Report of the Indian Hemp Drugs Commission, 1894-1895 - Volume I
Year: 1894
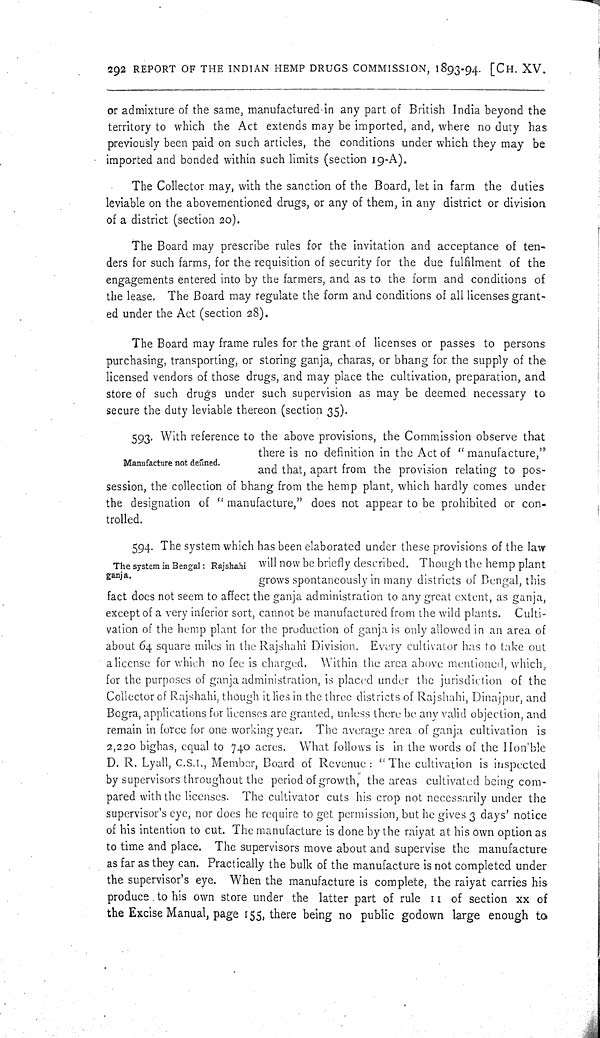
292 REPORT OF THE INDIAN HEMP DRUGS COMMISSION, 1893-94. [CH. XV.
or admixture of the same, manufactured in any part of British India beyond the
territory to which the Act extends may be imported, and, where no duty has
previously been paid on such articles, the conditions under which they may be
imported and bonded within such limits (section 19-A).
The Collector may, with the sanction of the Board, let in farm the duties
leviable on the abovementioned drugs, or any of them, in any district or division
of a district (section 20).
The Board may prescribe rules for the invitation and acceptance of ten-
ders for such farms, for the requisition of security for the due fulfilment of the
engagements entered into by the farmers, and as to the form and conditions of
the lease. The Board may regulate the form and conditions of all licenses grant-
ed under the Act (section 28).
The Board may frame rules for the grant of licenses or passes to persons
purchasing, transporting, or storing ganja, charas, or bhang for the supply of the
licensed vendors of those drugs, and may place the cultivation, preparation, and
store of such drugs under such supervision as may be deemed necessary to
secure the duty leviable thereon (section 35).
Manufacture not defined.
593. With reference to the above provisions, the Commission observe that
there is no definition in the Act of "manufacture,"
and that, apart from the provision relating to pos-
session, the collection of bhang from the hemp plant, which hardly comes under
the designation of "manufacture," does not appear to be prohibited or con-
trolled.
The system in Bengal: Rajshahi
ganja.
594. The system which has been elaborated under these provisions of the law
will now be briefly described. Though the hemp plant
grows spontaneously in many districts of Bengal, this
fact does not seem to affect the ganja administration to any great extent, as ganja,
except of a very inferior sort, cannot be manufactured from the wild plants. Culti-
vation of the hemp plant for the production of ganja is only allowed in an area of
about 64 square miles in the Rajshahi Division. Every cultivator has to take out
a license for which no fee is charged. Within the area above mentioned, which,
for the purposes of ganja administration, is placed under the jurisdiction of the
Collector of Rajshahi, though it lies in the three districts of Rajshahi, Dinajpur, and
Bogra, applications for licenses are granted, unless there be any valid objection, and
remain in force for one working year. The average area of ganja cultivation is
2,220 bighas, equal to 740 acres. What follows is in the words of the Hon'ble
D. R. Lyall, C.S.I., Member, Board of Revenue: "The cultivation is inspected
by supervisors throughout the period of growth, the areas cultivated being com-
pared with the licenses. The cultivator cuts his crop not necessarily under the
supervisor's eye, nor does he require to get permission, but he gives 3 days' notice
of his intention to cut. The manufacture is done by the raiyat at his own option as
to time and place. The supervisors move about and supervise the manufacture
as far as they can. Practically the bulk of the manufacture is not completed under
the supervisor's eye. When the manufacture is complete, the raiyat carries his
produce to his own store under the latter part of rule 11 of section xx of
the Excise Manual, page 155, there being no public godown large enough to